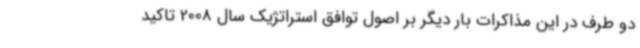
دو طرف در این مذاکرات بار دیگر بر اصول توافق استراتژیک سال 2008 تاکید